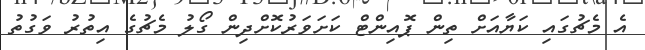
އެ މެޗުގައި ކަޔާއަށް ތިން ޕޮއިންޓް ކަށަވަރުކޮށްދިން ގޯލު މެޗުގެ އިތުރު ވަގުތު